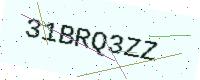
Text: 31BRQ3ZZ